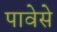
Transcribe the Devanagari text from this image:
पावेसे